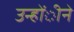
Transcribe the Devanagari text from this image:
उन्होंीने